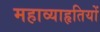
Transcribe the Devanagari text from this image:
महाव्याहृतियों